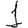
Digit: 1